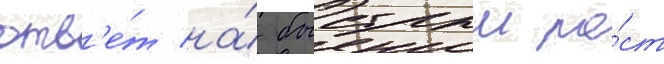
отв'е́т на́ быстрыи ро́ст